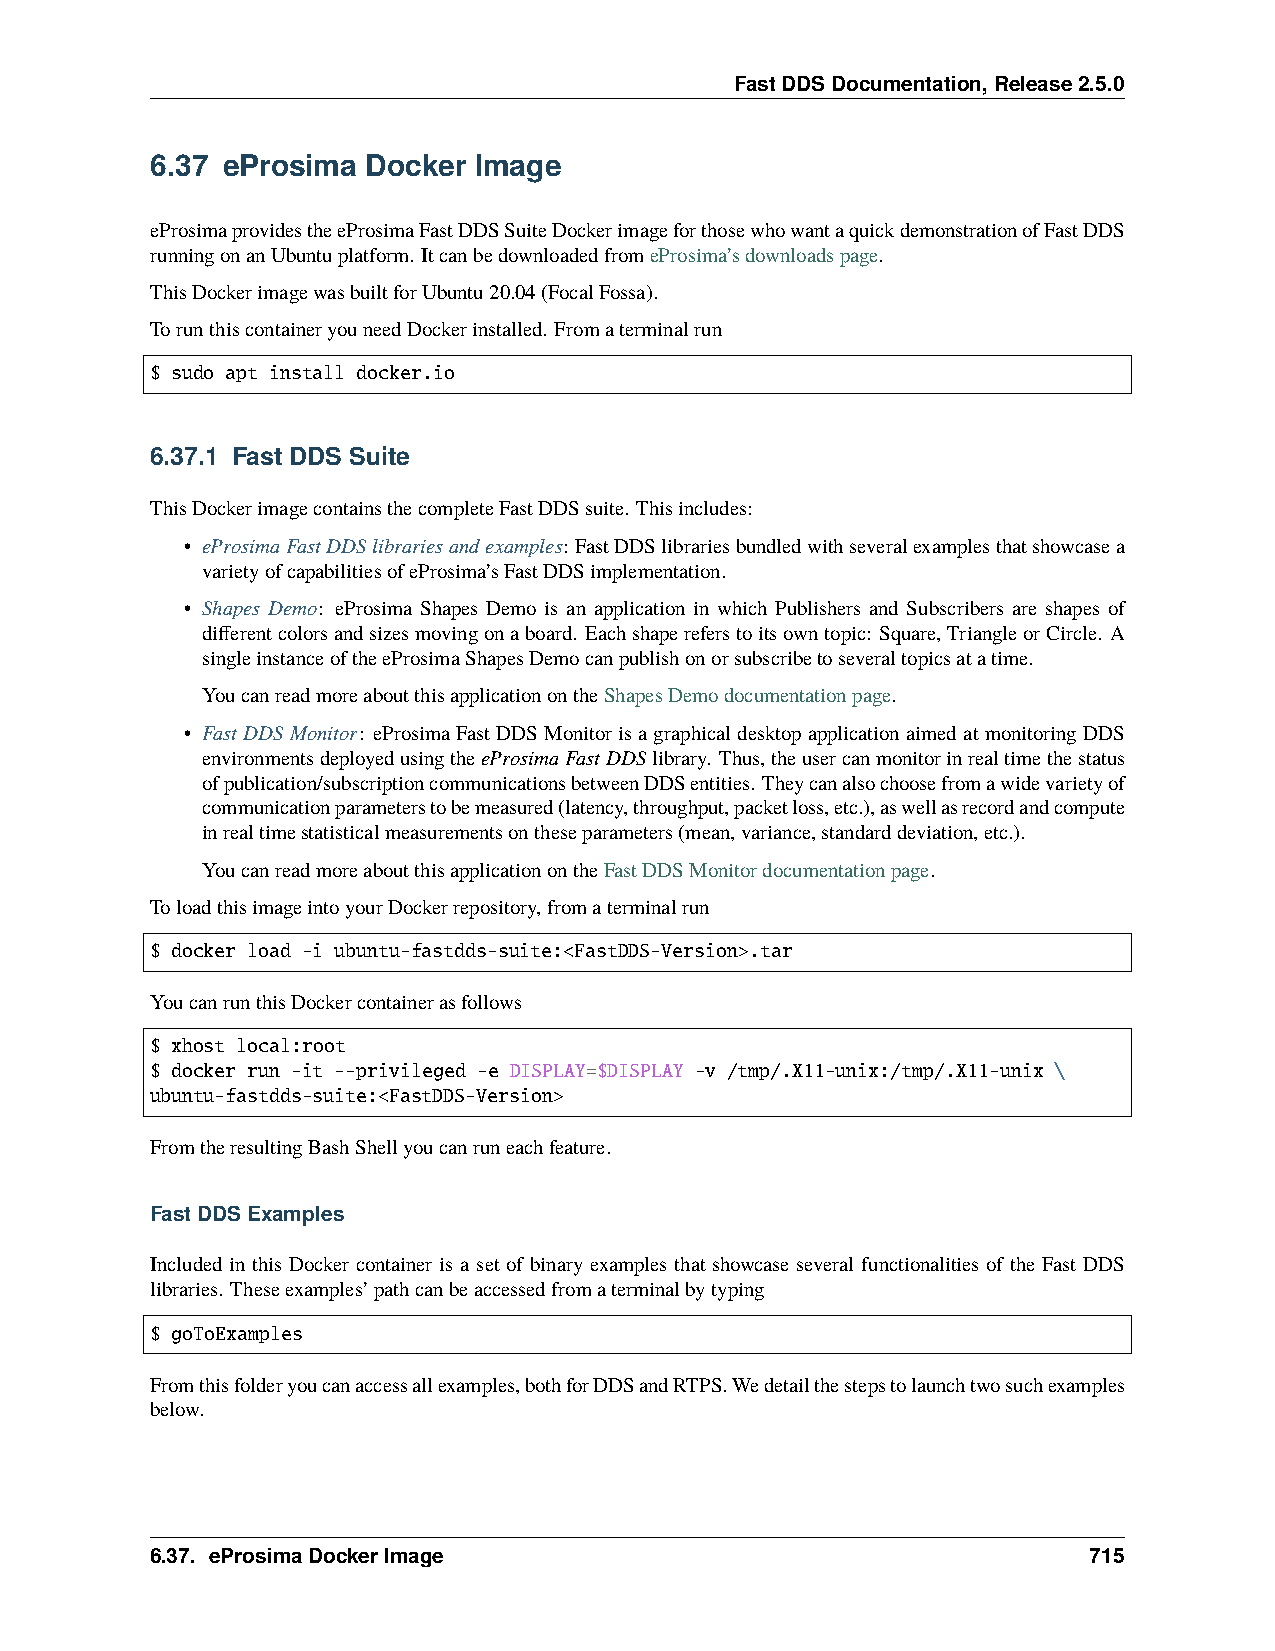
FastDDSDocumentation,Release2.5.0
 6.37 eProsima Docker Image
 eProsimaprovidestheeProsimaFastDDSSuiteDockerimageforthosewhowantaquickdemonstrationofFastDDS
 runningonanUbuntuplatform. ItcanbedownloadedfromeProsima’sdownloadspage.
 ThisDockerimagewasbuiltforUbuntu20.04(FocalFossa).
 TorunthiscontaineryouneedDockerinstalled. Fromaterminalrun
 $ sudo apt install docker.io
 6.37.1 Fast DDS Suite
 ThisDockerimagecontainsthecompleteFastDDSsuite. Thisincludes:
 • eProsimaFastDDSlibrariesandexamples: FastDDSlibrariesbundledwithseveralexamplesthatshowcasea
 varietyofcapabilitiesofeProsima’sFastDDSimplementation.
 • Shapes Demo: eProsima Shapes Demo is an application in which Publishers and Subscribers are shapes of
 differentcolorsandsizesmovingonaboard. Eachshapereferstoitsowntopic: Square,TriangleorCircle. A
 singleinstanceoftheeProsimaShapesDemocanpublishonorsubscribetoseveraltopicsatatime.
 YoucanreadmoreaboutthisapplicationontheShapesDemodocumentationpage.
 • FastDDSMonitor: eProsimaFastDDSMonitorisagraphicaldesktopapplicationaimedatmonitoringDDS
 environmentsdeployedusingtheeProsimaFastDDSlibrary. Thus,theusercanmonitorinrealtimethestatus
 ofpublication/subscriptioncommunicationsbetweenDDSentities. Theycanalsochoosefromawidevarietyof
 communicationparameterstobemeasured(latency,throughput,packetloss,etc.),aswellasrecordandcompute
 inrealtimestatisticalmeasurementsontheseparameters(mean,variance,standarddeviation,etc.).
 YoucanreadmoreaboutthisapplicationontheFastDDSMonitordocumentationpage.
 ToloadthisimageintoyourDockerrepository,fromaterminalrun
 $ docker load -i ubuntu-fastdds-suite:<FastDDS-Version>.tar
 YoucanrunthisDockercontainerasfollows
 $ xhost local:root
 $ docker run -it --privileged -e DISPLAY=$DISPLAY -v /tmp/.X11-unix:/tmp/.X11-unix \
 ubuntu-fastdds-suite:<FastDDS-Version>
 FromtheresultingBashShellyoucanruneachfeature.
 FastDDSExamples
 Included in this Docker container is a set of binary examples that showcase several functionalities of the Fast DDS
 libraries. Theseexamples’pathcanbeaccessedfromaterminalbytyping
 $ goToExamples
 Fromthisfolderyoucanaccessallexamples,bothforDDSandRTPS.Wedetailthestepstolaunchtwosuchexamples
 below.
 6.37. eProsimaDockerImage                                     715